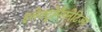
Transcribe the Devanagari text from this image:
इलेक्ट्रोमैगनेटिज्म